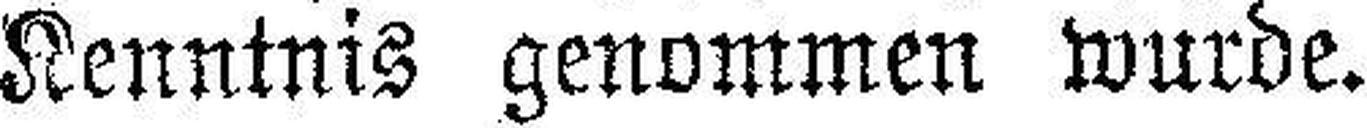
Kenntnis genommen wurde.